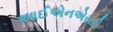
આઈએનએસટી